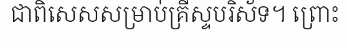
ជាពិសេសសម្រាប់គ្រីស្ទបរិស័ទ។ ព្រោះ